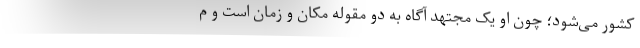
کشور می‌شود؛ چون او یک مجتهد آگاه به دو مقوله مکان و زمان است و م